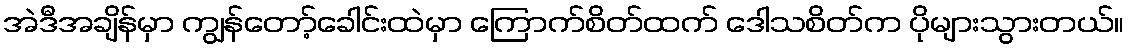
အဲဒီအချိန်မှာ ကျွန်တော့်ခေါင်းထဲမှာ ကြောက်စိတ်ထက် ဒေါသစိတ်က ပိုများသွားတယ်။